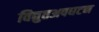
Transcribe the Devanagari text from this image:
विद्युतअपघटन